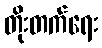
တိုးတက်ရေး